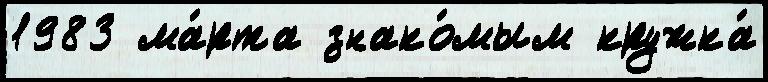
1983 ма́рта знако́мым кружка́